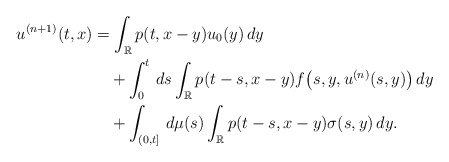
\begin{align*}u^{(n+1)}(t, x)&=\int_{\mathbb R}{p}(t, x-y)u_0(y)\,dy\\&\quad{} +\int_0^t \,ds \int_{\mathbb R}{p}(t-s,x-y)f\bigl(s, y, u^{(n)}(s, y) \bigr)\,dy\\&\quad{}+\int_{(0,t]} \,d\mu(s) \int_{\mathbb R} {p}(t-s,x-y)\sigma(s, y)\,dy .\end{align*}